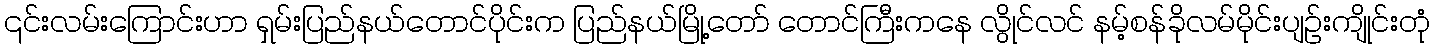
၎င်းလမ်းကြောင်းဟာ ရှမ်းပြည်နယ်တောင်ပိုင်းက ပြည်နယ်မြို့တော် တောင်ကြီးကနေ လွိုင်လင် နမ့်စန်ခိုလမ်မိုင်းပျဉ်းကျိုင်းတုံ